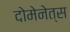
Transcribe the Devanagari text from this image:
दोमेनेत्स